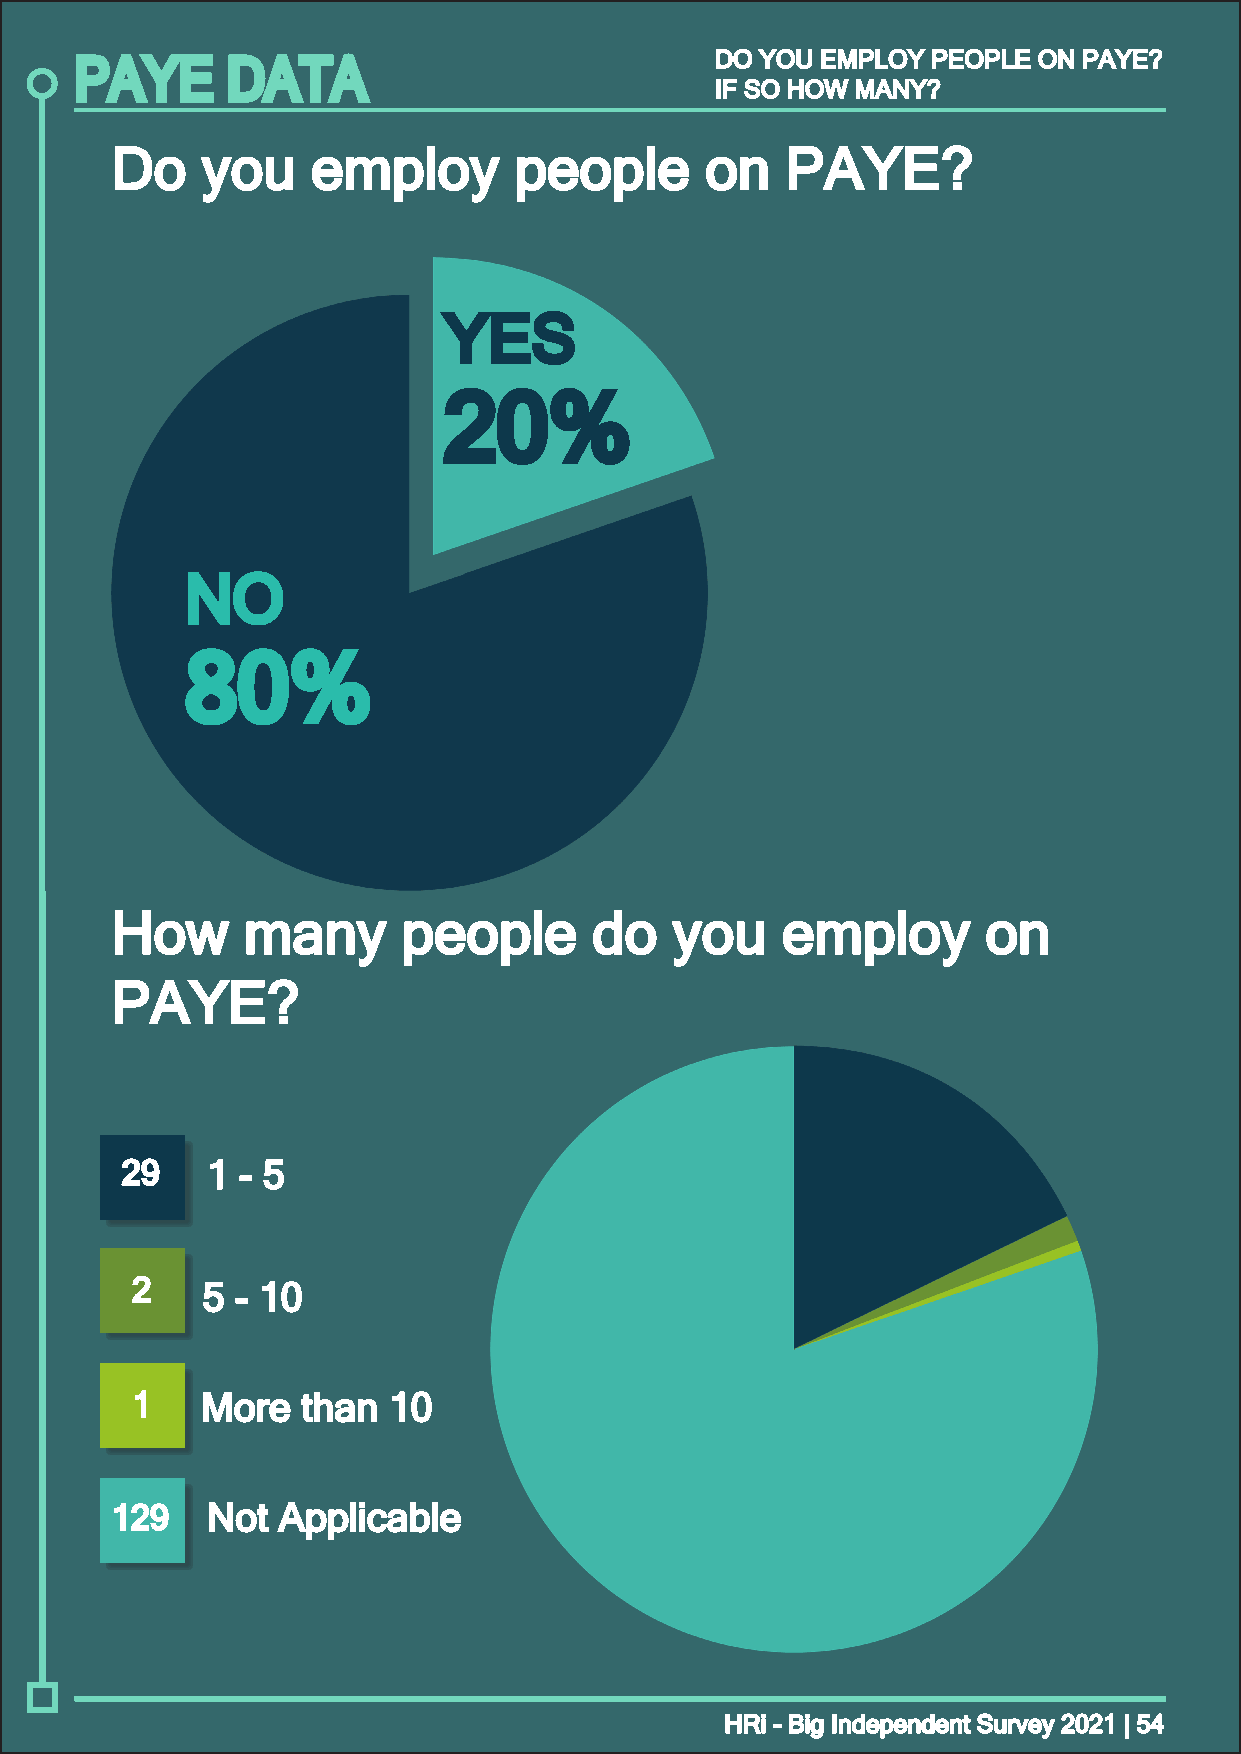
DDOO YYOOUU EEMMPPLLOOYY PPEEOOPPLLEE OONN PPAAYYEE??
 PAYE      DATA
 IIFF SSOO HHOOWW MMAANNYY??
 DDoo  yyoouu  eemmppllooyy ppeeooppllee oonn PPAAYYEE??
 YYEESS
 2200%%
 NNOO
 8800%%
 HHooww   mmaannyy   ppeeooppllee ddoo yyoouu eemmppllooyy oonn
 PPAAYYEE??
 2299  11 -- 55
 22  55 -- 1100
 11  MMoorree tthhaann 1100
 112299 NNoott AApppplliiccaabbllee
 HHRRii -- BBiigg IInnddeeppeennddeenntt SSuurrvveeyy 22002211 || 5544